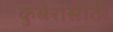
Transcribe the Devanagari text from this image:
कुबेरासाठी